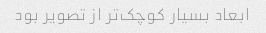
ابعاد بسیار کوچک‌تر از تصویر بود